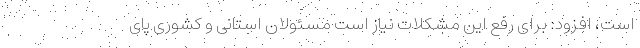
است، افزود: برای رفع این مشکلات نیاز است مسئولان استانی و کشوری پای